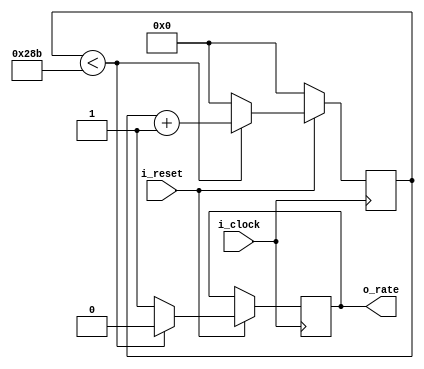
 `timescale 1ns / 1ps

//////////////////////////////////////////////////////////////////////////////////////////////////
// Trabajo Practico Nro. 3. BIP I.
// Baud Rate Generator.
// Integrantes: Kleiner Matias, Lopez Gaston.
// Materia: Arquitectura de Computadoras.
// FCEFyN. UNC.
// Anio 2018.
//////////////////////////////////////////////////////////////////////////////////////////////////


// Constantes.
`define BAUD_RATE           9600        // Baud rate a generar.
`define FREC_CLOCK_MHZ      100.0       // Frecuencia del clock en MHZ.

module baud_rate_generator(
    i_clock, 
    i_reset,
    o_rate
    );

// Parametros.
parameter BAUD_RATE    = `BAUD_RATE;
parameter FREC_CLOCK_MHZ  = `FREC_CLOCK_MHZ;

// Local Param
localparam integer MODULO_CONTADOR = (FREC_CLOCK_MHZ * 1000000) / (BAUD_RATE * 16);


// Entradas - Salidas.

input i_clock;     
input i_reset; 
output reg o_rate;       



// Registros.
reg [ $clog2 (MODULO_CONTADOR) - 1 : 0 ] reg_contador;


always@( posedge i_clock) begin
     // Se resetean los registros.
    if (~ i_reset) begin
        reg_contador <= 0;
    end 

    else begin
        if (reg_contador < MODULO_CONTADOR) begin
            o_rate <= 0;
            reg_contador <= reg_contador+1;
        end
        else begin
            o_rate <= 1;
            reg_contador <= 0;
        end
    end
end

endmodule